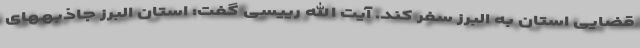
قضایی استان به البرز سفر کند. آیت الله رییسی گفت: استان البرز جاذبههای